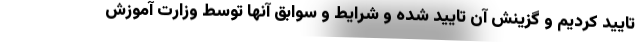
تایید کردیم و گزینش آن تایید شده و شرایط و سوابق آنها توسط وزارت آموزش